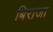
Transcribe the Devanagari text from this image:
बिराजा